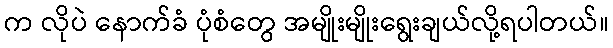
က လိုပဲ နောက်ခံ ပုံစံတွေ အမျိုးမျိုးရွေးချယ်လို့ရပါတယ်။